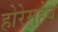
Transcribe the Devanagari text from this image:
होरेमहेब